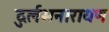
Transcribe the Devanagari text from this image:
दुर्लभनारायण